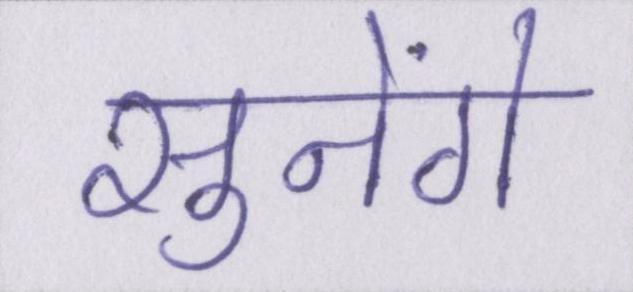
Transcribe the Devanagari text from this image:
सुनेंगे